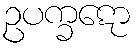
ဥပက္ခဋော